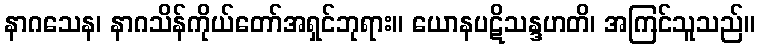
နာဂသေန၊ နာဂသိန်ကိုယ်တော်အရှင်ဘုရား။ ယောနပဋိသန္ဒဟတိ၊ အကြင်သူသည်။